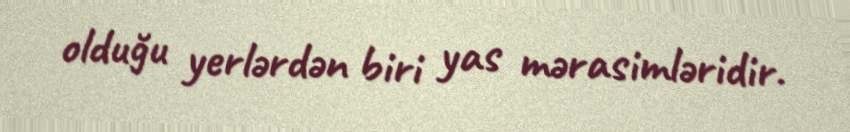
olduğu yerlərdən biri yas mərasimləridir.